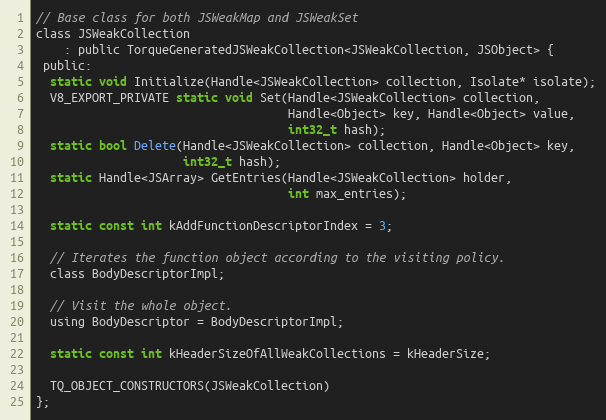
Language: C
// Base class for both JSWeakMap and JSWeakSet
class JSWeakCollection
    : public TorqueGeneratedJSWeakCollection<JSWeakCollection, JSObject> {
 public:
  static void Initialize(Handle<JSWeakCollection> collection, Isolate* isolate);
  V8_EXPORT_PRIVATE static void Set(Handle<JSWeakCollection> collection,
                                    Handle<Object> key, Handle<Object> value,
                                    int32_t hash);
  static bool Delete(Handle<JSWeakCollection> collection, Handle<Object> key,
                     int32_t hash);
  static Handle<JSArray> GetEntries(Handle<JSWeakCollection> holder,
                                    int max_entries);

  static const int kAddFunctionDescriptorIndex = 3;

  // Iterates the function object according to the visiting policy.
  class BodyDescriptorImpl;

  // Visit the whole object.
  using BodyDescriptor = BodyDescriptorImpl;

  static const int kHeaderSizeOfAllWeakCollections = kHeaderSize;

  TQ_OBJECT_CONSTRUCTORS(JSWeakCollection)
};